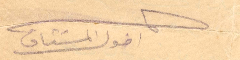
اخوك المشتاق